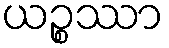
ယဉ္စဿာ